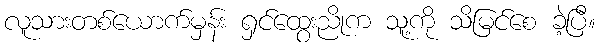
လူသားတစ်ယောက်မှန်း ရှင်ထွေးညိုက သူ့ကို သိမြင်စေ ခဲ့ပြီ။